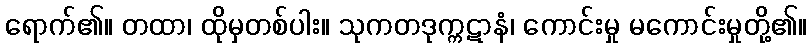
ရောက်၏။ တထာ၊ ထိုမှတစ်ပါး။ သုကတဒုက္ကဋာနံ၊ ကောင်းမှု မကောင်းမှုတို့၏။